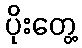
ပိုးတွေ့